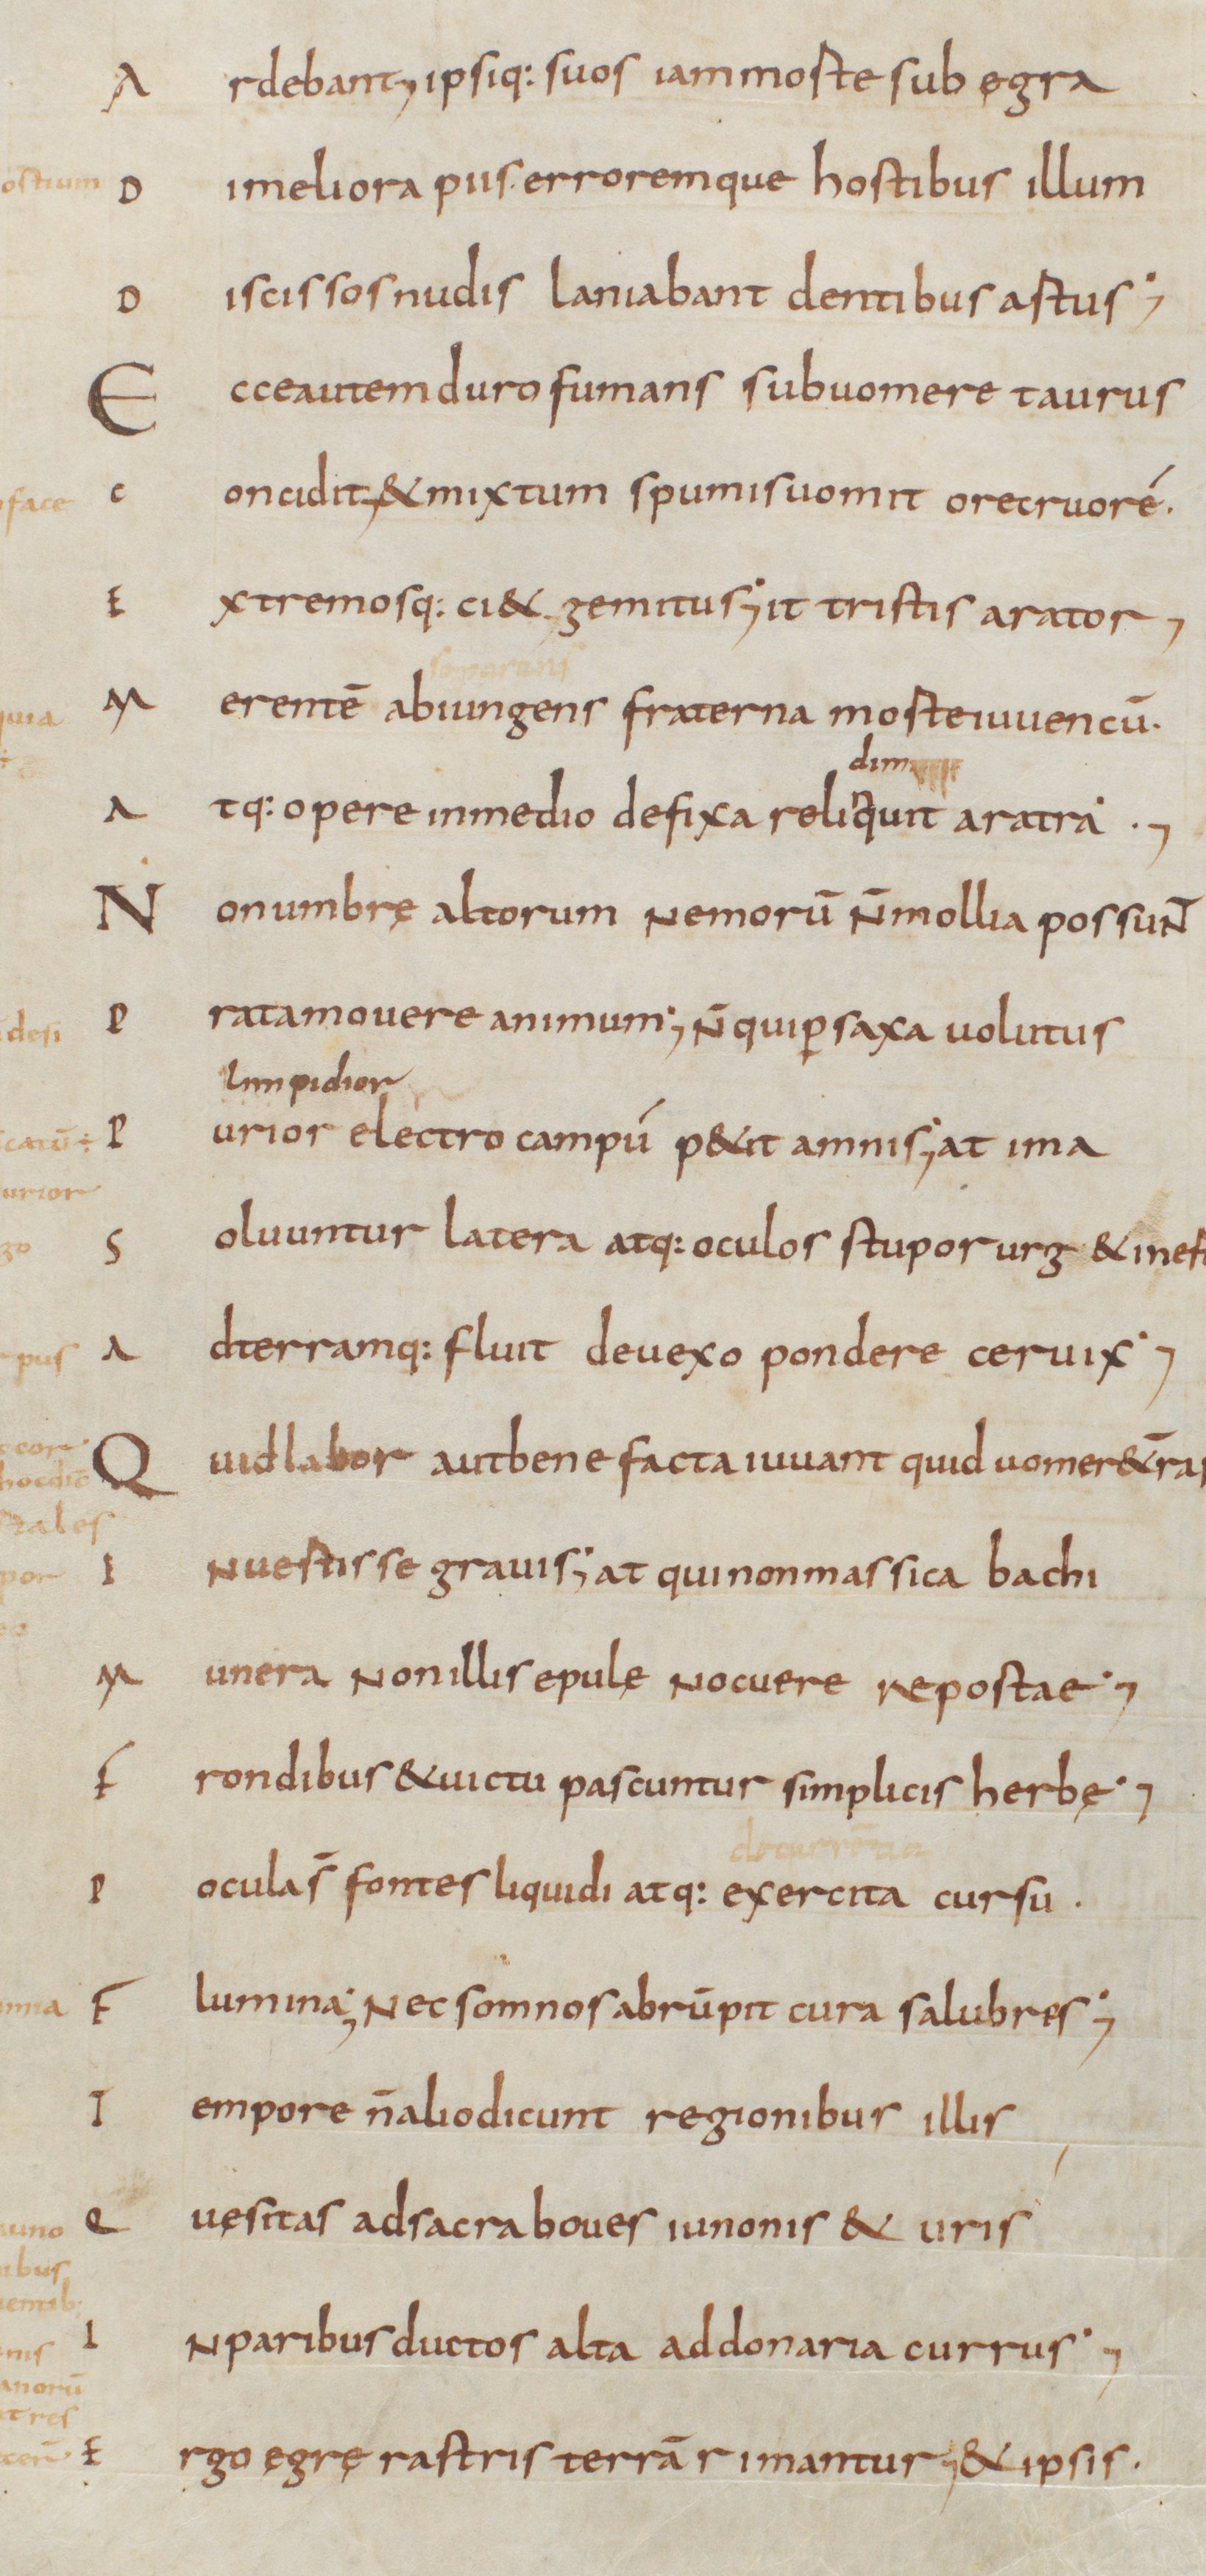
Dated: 800–999